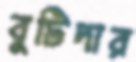
বুটিদার